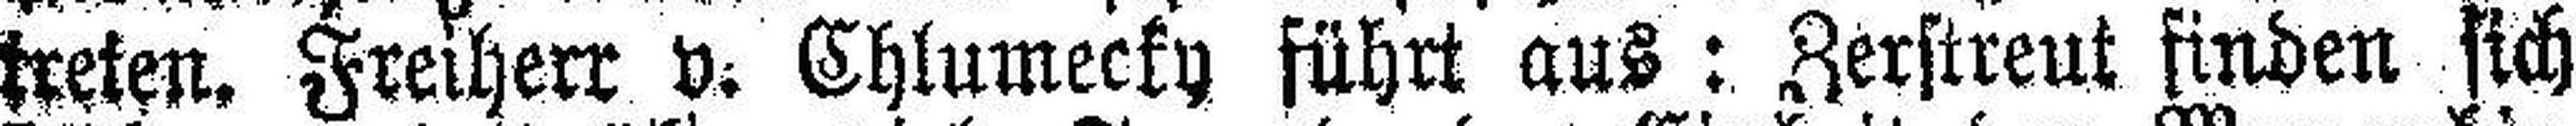
treten, Freiherr v. Chlumecky führt aus: Zerstreut finden sich